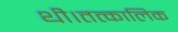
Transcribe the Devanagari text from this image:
थी।तत्कालिक